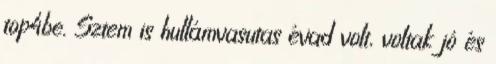
top4be. Sztem is hullámvasutas évad volt, voltak jó és